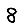
Digit: 8